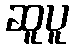
ဆူပူ